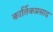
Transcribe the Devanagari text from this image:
कार्तिकप्रसाद